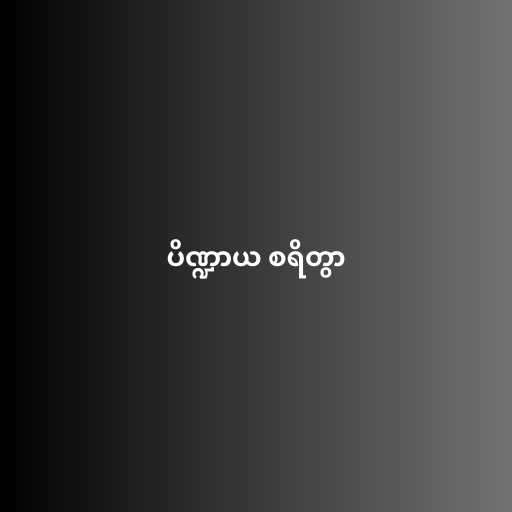
ပိဏ္ဍာယ စရိတွာ